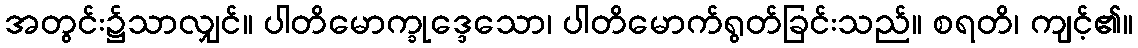
အတွင်း၌သာလျှင်။ ပါတိမောက္ခုဒ္ဒေသော၊ ပါတိမောက်ရွတ်ခြင်းသည်။ စရတိ၊ ကျင့်၏။